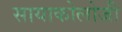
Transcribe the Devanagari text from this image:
सायाकोलोजी